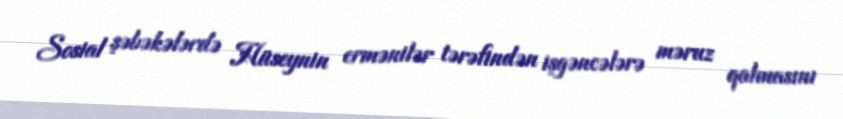
Sosial şəbəkələrdə Hüseynin ermənilər tərəfindən işgəncələrə məruz qalmasını